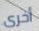
أخرى